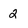
Character: 2